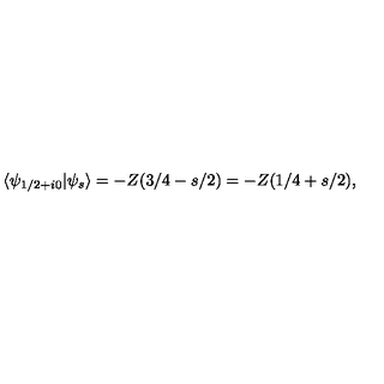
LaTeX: \langle \psi _ { 1 / 2 + i 0 } \vert \psi _ { s } \rangle = - Z ( 3 / 4 - s / 2 ) = - Z ( 1 / 4 + s / 2 ) ,